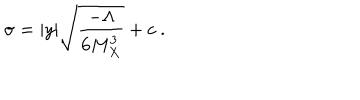
LaTeX: \sigma = | y | \sqrt { { \frac { - { \Lambda } } { \displaystyle { 6 M _ { X } ^ { 3 } } } } } + c ~ . ~ \,